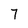
Character: 7